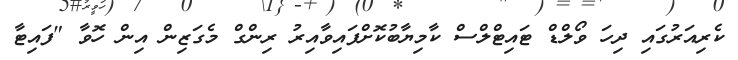
ކެރިއަރުގައި ދިހަ ވޯލްޑް ޓައިޓްލްސް ކާމިޔާބުކޮށްފައިވާއިރު ރިންގް މެގަޒިން އިން ހޮވާ "ފައިޓާ